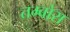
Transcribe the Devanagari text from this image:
तम्बोरा